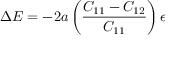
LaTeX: \Delta E = - 2 a \left( { \frac { C _ { 1 1 } - C _ { 1 2 } } { C _ { 1 1 } } } \right) \epsilon